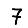
Digit: 7